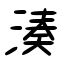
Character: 湊